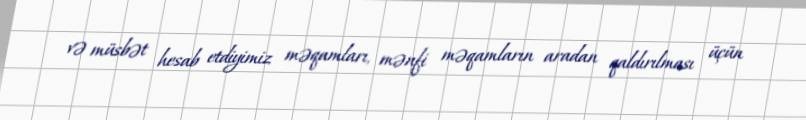
və müsbət hesab etdiyimiz məqamları, mənfi məqamların aradan qaldırılması üçün